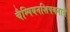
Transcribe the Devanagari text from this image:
चैम्पियनशिपबनाने